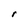
Character: r